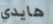
هايدي